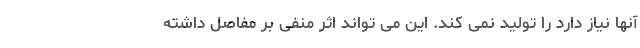
آنها نیاز دارد را تولید نمی کند. این می تواند اثر منفی بر مفاصل داشته